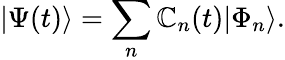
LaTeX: |\Psi(t)\rangle=\sum_{n}\mathbb{C}_{n}(t)|\Phi_{n}\rangle.